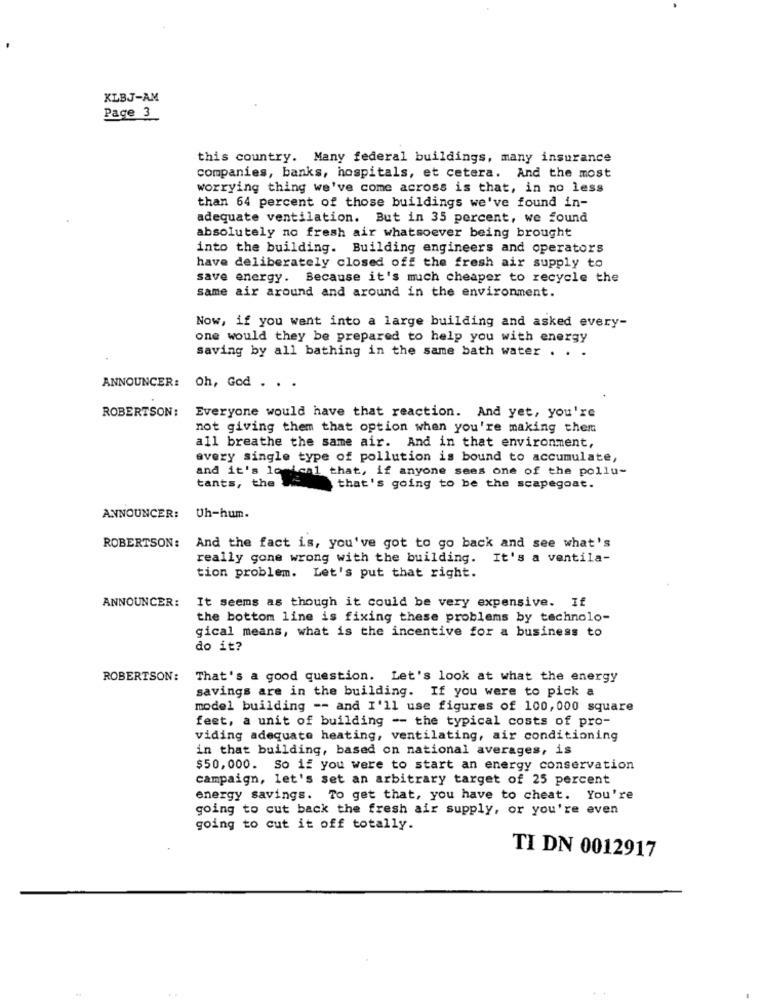
KLBJ-AM
Page 3
this country. Many federal buildings, many insurance
companies, banks, hospitals, et cetera. And the most
worrying thing we've come across is that, in no less
than 64 percent of those buildings we've found in-
adequate ventilation. But in 35 percent, we found
absolutely no fresh air whatsoever being brought
into the building. Building engineers and operators
have deliberately closed off the fresh air supply to
save energy. Because it's much cheaper to recycle the
same air around and around in the environment.
Now, if you went into a large building and asked every-
one would they be prepared to help you with energy
saving by all bathing in the same bath water . . .
ANNOUNCER: Oh, God . . .
ROBERTSON:
Everyone would have that reaction. And yet, you're
not giving them that option when you're making them
all breathe the same air. And in that environment,
every single type of pollution is bound to accumulate,
and it's lo ical that, if anyone sees one of the pollu-
tants, the
that's going to be the scapegoat.
ANNOUNCER:
Uh-hum.
ROBERTSON:
And the fact is, you've got to go back and see what's
really gone wrong with the building. It's a ventila-
tion problem. Let's put that right.
ANNOUNCER: It seems as though it could be very expensive. If
the bottom line is fixing these problems by technolo-
gical means, what is the incentive for a business to
do it?
ROBERTSON:
That's a good question. Let's look at what the energy
savings are in the building. If you were to pick a
model building -- and I'll use figures of 100,000 square
feet, a unit of building -- the typical costs of pro-
viding adequate heating, ventilating, air conditioning
in that building, based on national averages, is
$50,000. So if you were to start an energy conservation
campaign, let's set an arbitrary target of 25 percent
energy savings. To get that, you have to cheat. You're
going to cut back the fresh air supply, or you're even
going to cut it off totally.
TI DN 0012917